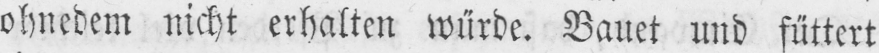
ohnedem nicht erhalten würde. Bauet und füttert